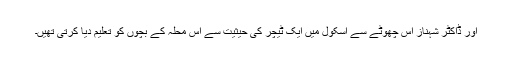
اور ڈاکٹر شہناز اس چھوٹے سے اسکول میں ایک ٹیچر کی حیثیت سے اس محلہ کے بچوں کو تعلیم دیا کرتی تھیں۔